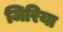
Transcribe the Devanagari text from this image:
जिरिया